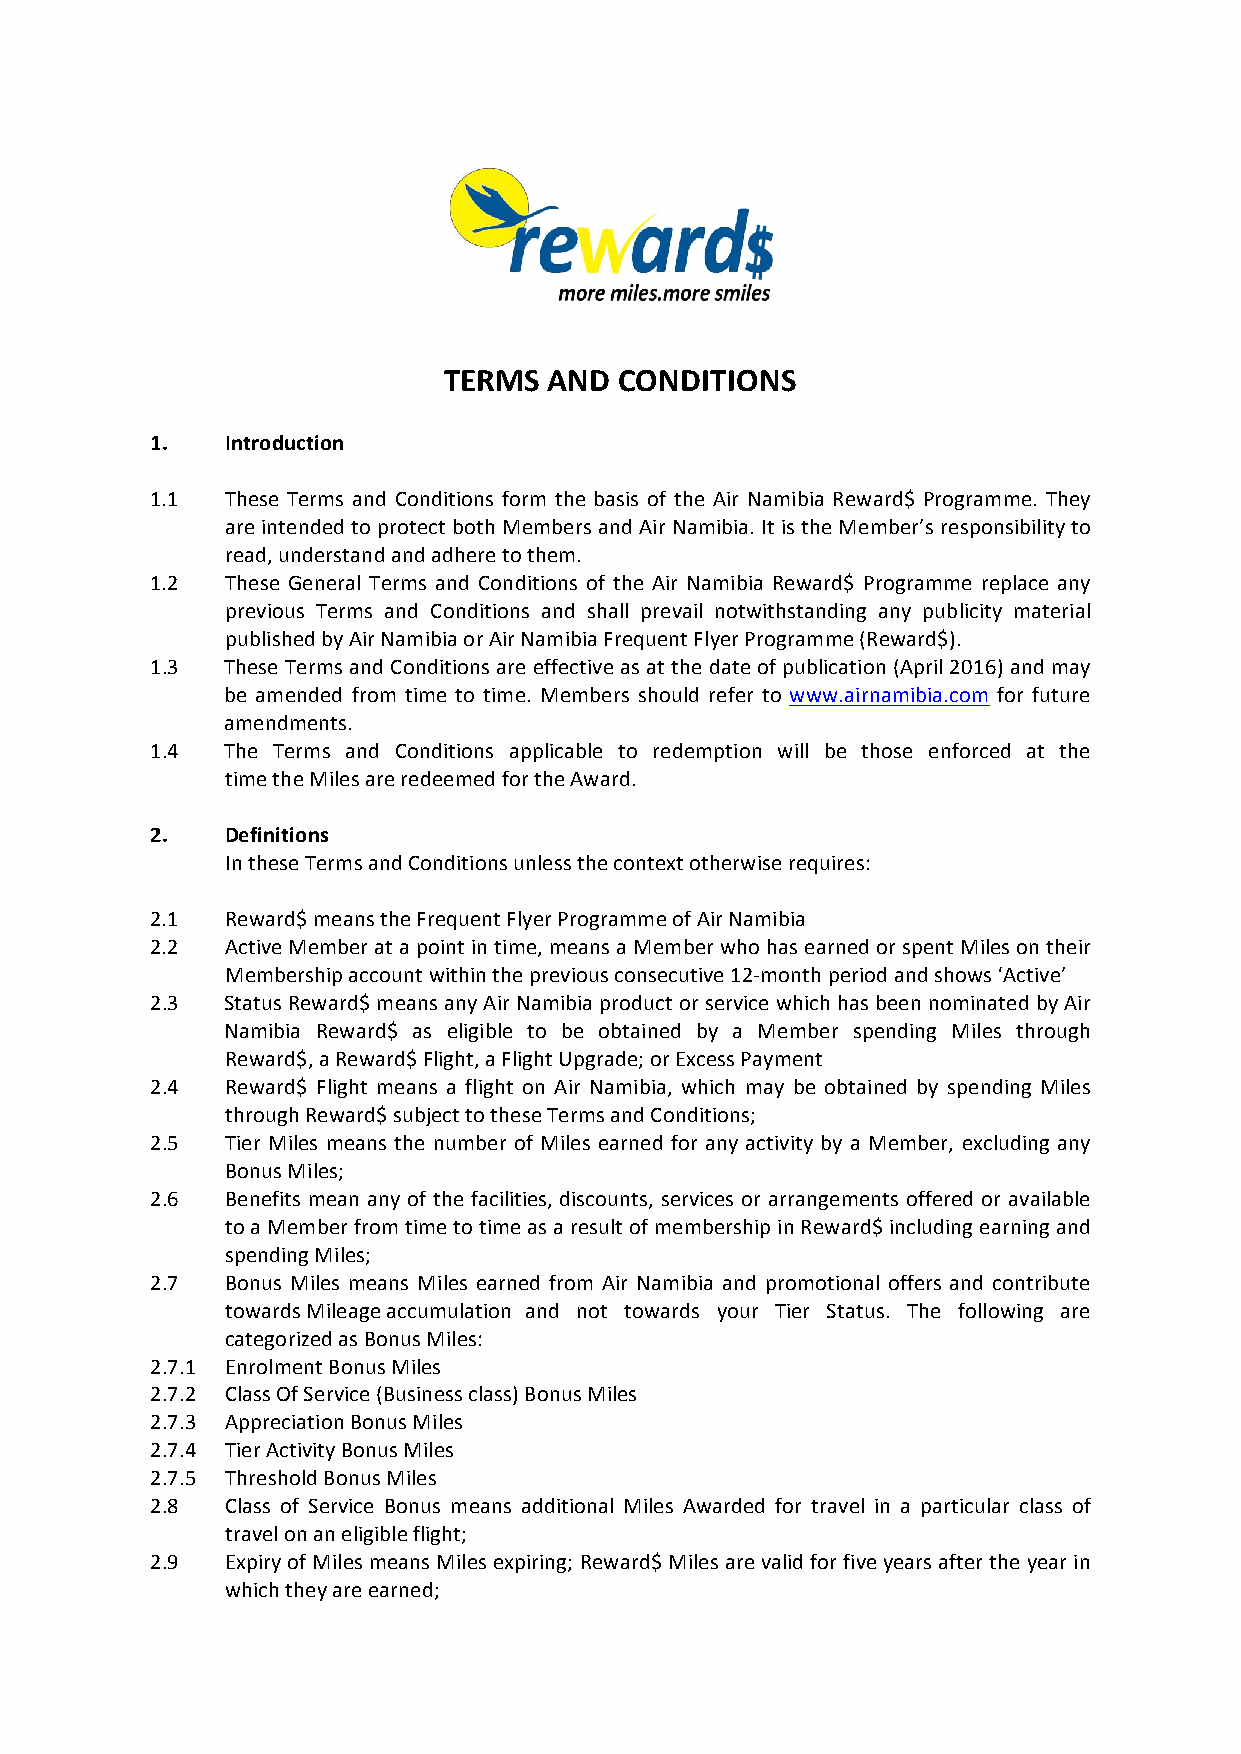
TERMS  AND  CONDITIONS
 1.   Introduction
 1.1  These Terms and Conditions form the basis of the Air Namibia Reward$ Programme. They
 are intended to protect both Members and Air Namibia. It is the Member’s responsibility to
 read, understand and adhere to them.
 1.2  These General Terms and Conditions of the Air Namibia Reward$ Programme replace any
 previous Terms and Conditions and shall prevail notwithstanding any publicity material
 published by Air Namibia or Air Namibia Frequent Flyer Programme (Reward$).
 1.3  These Terms and Conditions are effective as at the date of publication (April 2016) and may
 be amended from time to time. Members should refer to www.airnamibia.com for future
 amendments.
 1.4  The Terms and Conditions applicable to redemption will be those enforced at the
 time the Miles are redeemed for the Award.
 2.   Definitions
 In these Terms and Conditions unless the context otherwise requires:
 2.1  Reward$ means the Frequent Flyer Programme of Air Namibia
 2.2  Active Member at a point in time, means a Member who has earned or spent Miles on their
 Membership account within the previous consecutive 12-month period and shows ‘Active’
 2.3  Status Reward$ means any Air Namibia product or service which has been nominated by Air
 Namibia Reward$ as eligible to be obtained by a Member spending Miles through
 Reward$, a Reward$ Flight, a Flight Upgrade; or Excess Payment
 2.4  Reward$ Flight means a flight on Air Namibia, which may be obtained by spending Miles
 through Reward$ subject to these Terms and Conditions;
 2.5  Tier Miles means the number of Miles earned for any activity by a Member, excluding any
 Bonus Miles;
 2.6  Benefits mean any of the facilities, discounts, services or arrangements offered or available
 to a Member from time to time as a result of membership in Reward$ including earning and
 spending Miles;
 2.7  Bonus Miles means Miles earned from Air Namibia and promotional offers and contribute
 towards Mileage accumulation and not towards your Tier Status. The following are
 categorized as Bonus Miles:
 2.7.1 Enrolment Bonus Miles
 2.7.2 Class Of Service (Business class) Bonus Miles
 2.7.3 Appreciation Bonus Miles
 2.7.4 Tier Activity Bonus Miles
 2.7.5 Threshold Bonus Miles
 2.8  Class of Service Bonus means additional Miles Awarded for travel in a particular class of
 travel on an eligible flight;
 2.9  Expiry of Miles means Miles expiring; Reward$ Miles are valid for five years after the year in
 which they are earned;